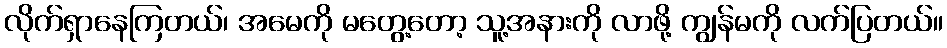
လိုက်ရှာနေကြတယ်၊ အမေကို မတွေ့တော့ သူ့အနားကို လာဖို့ ကျွန်မကို လက်ပြတယ်။